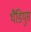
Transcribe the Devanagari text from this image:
थैडियुस